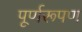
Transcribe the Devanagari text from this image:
पूर्णरूपण